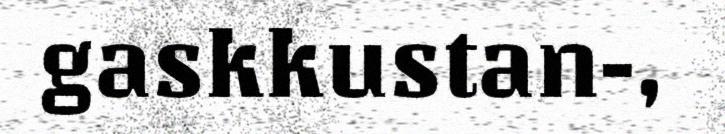
gaskkustan-,